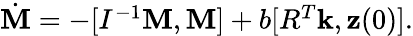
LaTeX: \begin{array}{r}{\dot{\mathbf M}=-[I^{-1}{\mathbf M},{\mathbf M}]+b[R^{T}{\mathbf k},{\mathbf z}(0)].}\end{array}